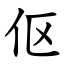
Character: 伛